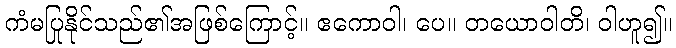
ကံမပြုနိုင်သည်၏အဖြစ်ကြောင့်။ ဧကောဝါ၊ ပေ။ တယောဝါတိ၊ ဝါဟူ၍။